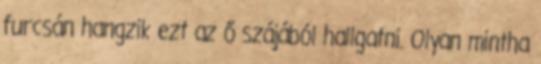
furcsán hangzik ezt az ő szájából hallgatni. Olyan mintha